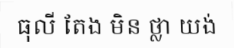
ធុលី តែង មិន ថ្លា យង់